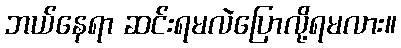
ဘယ်နေရာ ဆင်းရမလဲပြောလို့ရမလား။